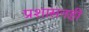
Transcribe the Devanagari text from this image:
प्रशासनही